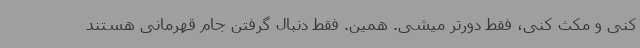
کنی و مکث کنی، فقط دورتر میشی. همین. فقط دنبال گرفتن جام قهرمانی هستند